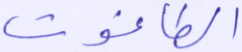
الطاغوت